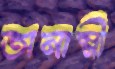
অনাম্নী